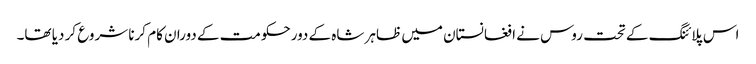
اس پلائنگ کے تحت روس نے ا فغانستان میں ظاہر شاہ کے دورحکومت کے دوران کام کرنا شروع کر دیا تھا۔